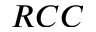
R C C